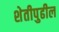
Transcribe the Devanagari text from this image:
शेतीपुढील